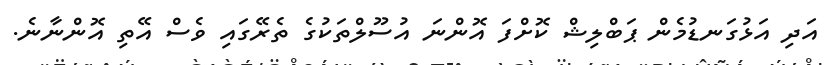
އަދި އަޅުގަނޑުމެން ޕަބްލިޝް ކޮށްފަ އޮންނަ އުސޫލްތަކުގެ ތެރޭގައި ވެސް އޭތި އޮންނާނެ.